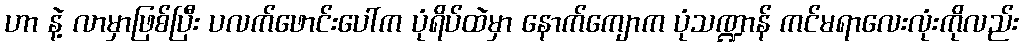
ဟာ နဲ့ လာမှာဖြစ်ပြီး ပလက်ဖောင်းပေါ်က ပုံရိပ်ထဲမှာ နောက်ကျောက ပုံသဏ္ဍာန် ကင်မရာလေးလုံးကိုလည်း